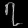
Digit: ၇